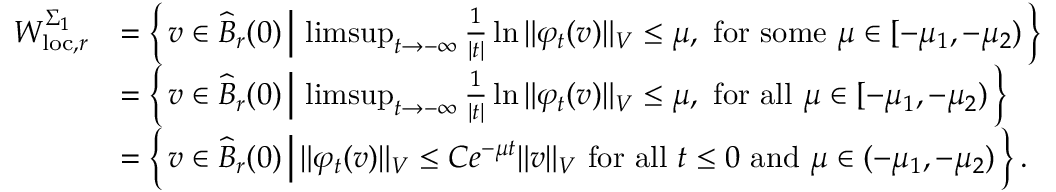
\begin{array} { r l } { W _ { \mathrm { l o c } , r } ^ { \Sigma _ { 1 } } } & { = \left\{ \, v \in \widehat { B } _ { r } ( 0 ) \, \Big \vert \, \operatorname* { l i m s u p } _ { t \to - \infty } \frac { 1 } { | t | } \ln { \Vert \varphi _ { t } ( v ) \Vert _ { V } } \leq \mu , \mathrm { ~ f o r ~ s o m e ~ } \mu \in [ - \mu _ { 1 } , - \mu _ { 2 } ) \, \right\} } \\ & { = \left\{ \, v \in \widehat { B } _ { r } ( 0 ) \, \Big \vert \, \operatorname* { l i m s u p } _ { t \to - \infty } \frac { 1 } { | t | } \ln { \Vert \varphi _ { t } ( v ) \Vert _ { V } } \leq \mu , \mathrm { ~ f o r ~ a l l ~ } \mu \in [ - \mu _ { 1 } , - \mu _ { 2 } ) \, \right\} } \\ & { = \left\{ \, v \in \widehat { B } _ { r } ( 0 ) \, \Big \vert \, \Vert \varphi _ { t } ( v ) \Vert _ { V } \leq C e ^ { - \mu t } \Vert v \Vert _ { V } \mathrm { ~ f o r ~ a l l ~ } t \leq 0 \mathrm { ~ a n d ~ } \mu \in ( - \mu _ { 1 } , - \mu _ { 2 } ) \, \right\} . } \end{array}